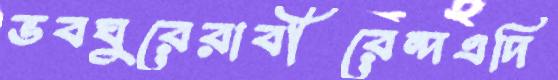
ভবঘুরেরাবীরেন্দএদি